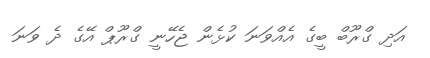
އަދި ގްރޫބް ބީގެ އެއްވަނަ ކުޅެން ޖެހޭނީ ގްރޫޕް އޭގެ ދެ ވަނަ